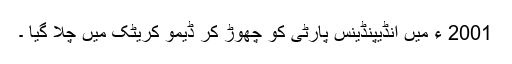
2001 ء میں انڈیپنڈینس پارٹی کو چھوڑ کر ڈیمو کریٹک میں چلا گیا ۔